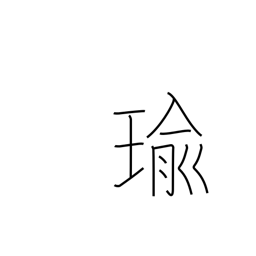
Meaning: jewel